Civil Veterinary Department. Central Provinces & Berar 1925-31 - 1925-1931
Year: 1925
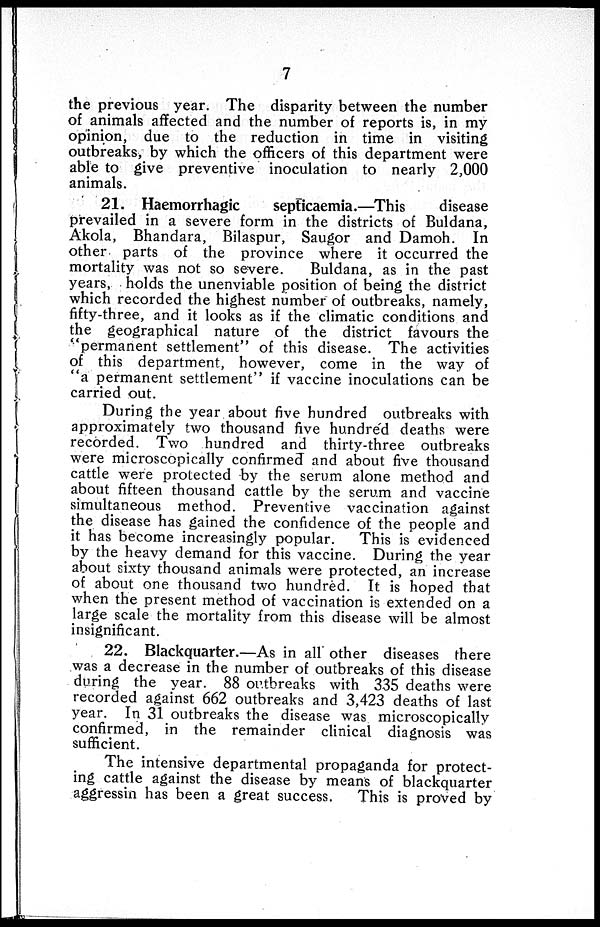
7
the previous year. The disparity between the number
of animals affected and the number of reports is, in my
opinion, due to the reduction in time in visiting
outbreaks, by which the officers of this department were
able to give preventive inoculation to nearly 2,000
animals.
21. Haemorrhagic
septicaemia.—This
disease
prevailed in a severe form in the districts of Buldana,
Akola, Bhandara, Bilaspur, Saugor and Damoh. In
other parts of the province where it occurred the
mortality was not so severe.
Buldana, as in the past
years, holds the unenviable position of being the district
which recorded the highest number of outbreaks, namely,
fifty-three, and it looks as if the climatic conditions and
the geographical nature of the district favours the
"permanent settlement" of this disease. The activities
of this department, however, come in the way of
"a permanent settlement" if vaccine inoculations can be
carried out.
During the year about five hundred outbreaks with
approximately two thousand five hundred deaths were
recorded. Two hundred and thirty-three outbreaks
were microscopically confirmed and about five thousand
cattle were protected by the serum alone method and
about fifteen thousand cattle by the serum and vaccine
simultaneous method. Preventive vaccination against
the disease has gained the confidence of the people and
it has become increasingly popular.
This is evidenced
by the heavy demand for this vaccine. During the year
about sixty thousand animals were protected, an increase
of about one thousand two hundred. It is hoped that
when the present method of vaccination is extended on a
large scale the mortality from this disease will be almost
insignificant.
22. Blackquarter.—As in all other diseases there
was a decrease in the number of outbreaks of this disease
during the year. 88 outbreaks with 335 deaths were
recorded against 662 outbreaks and 3,423 deaths of last
year. In 31 outbreaks the disease was microscopically
confirmed, in the remainder clinical diagnosis was
sufficient.
The intensive departmental propaganda for protect-
ing cattle against the disease by means of blackquarter
aggressin has been a great success.
This is proved by